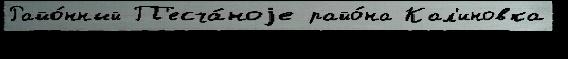
Райо́нный П'есча́ноjе райо́на Кал'иновка